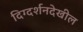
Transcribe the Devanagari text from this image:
दिग्दर्शनदेखील